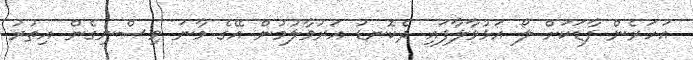
އަހަރެން ފާޑަކަށް ލޯ އަޅުވާލާފައި ދެކޮނޑު އަރުވާލުމުން އޭގެ މާނަ ވިސްނިގެން އިތުރު